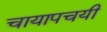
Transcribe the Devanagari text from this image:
चायापचयी